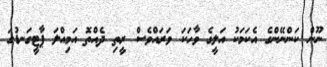
ނޫން ކަންނޭންގެ އެކަމަކު އަލީގެ ވާހަކަ ވަރައްވެސް ރީތި ދެއްތޮ އަމިއްލަ ޕާޓީގަނޑުގަ